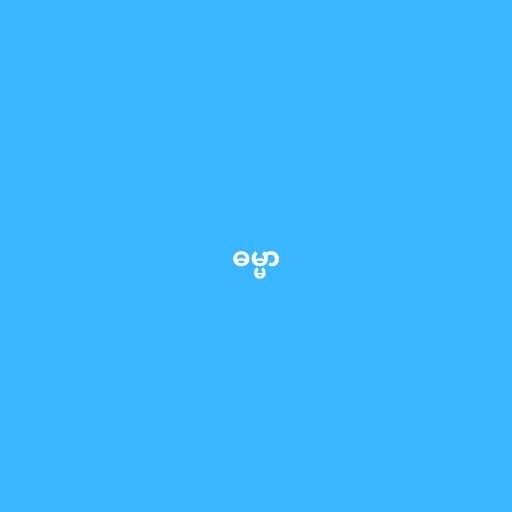
ဓမ္မာ